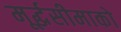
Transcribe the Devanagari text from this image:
मूर्द्धसीमाको